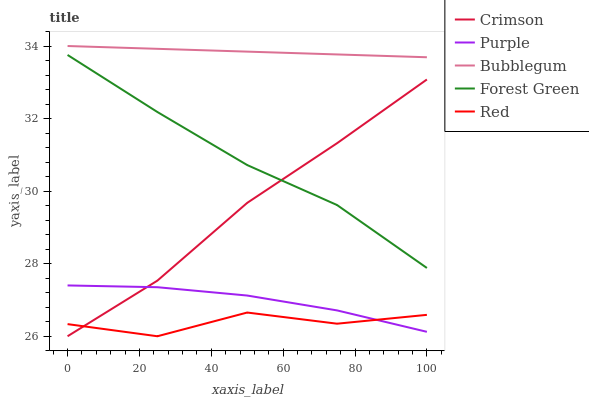
| xaxis_label | Crimson | Purple | Bubblegum | Forest Green | Red |
 | --- | --- | --- | --- | --- | --- |
 | 0 | 26 | 27.4 | 34 | 33.8 | 26.3 |
 | 25 | 27.5 | 27.4 | 33.9 | 32.2 | 26 |
 | 50 | 29.7 | 27.1 | 33.8 | 30.7 | 26.7 |
 | 75 | 31.3 | 26.7 | 33.8 | 29.6 | 26.3 |
 | 100 | 33.1 | 26.1 | 33.7 | 27.9 | 26.6 |